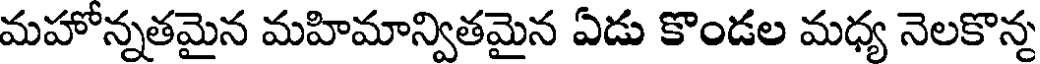
మహోన్నతమైన మహిమాన్వితమైన ఏడు కొండల మధ్య నెలకొన్న